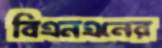
বিএনএনের